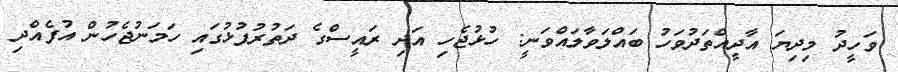
ވަހީދު މިދިޔަ އާދީއްތަދުވަހު ބައްލަވާލައްވަނީ: ހުޅުޖެހި އަދި ރައީސްގެ ދަތުރުފުޅުގައި ހަމަނުޖެހުން އުފެއްދި